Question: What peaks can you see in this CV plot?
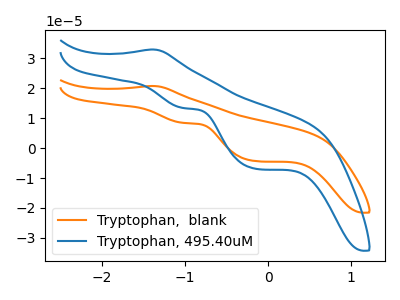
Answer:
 <answer>The orange curve "Tryptophan,  blank" has an anodic peak at (-1.40V, 20.75uA) and cathodic peaks at (-1.00V, 8.40uA) (-0.15V, -4.35uA). The blue curve "Tryptophan, 495.40uM" has an anodic peak at (-1.40V, 32.95uA) and cathodic peaks at (-1.00V, 13.35uA) (-0.15V, -6.90uA).</answer>
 <eval></eval>